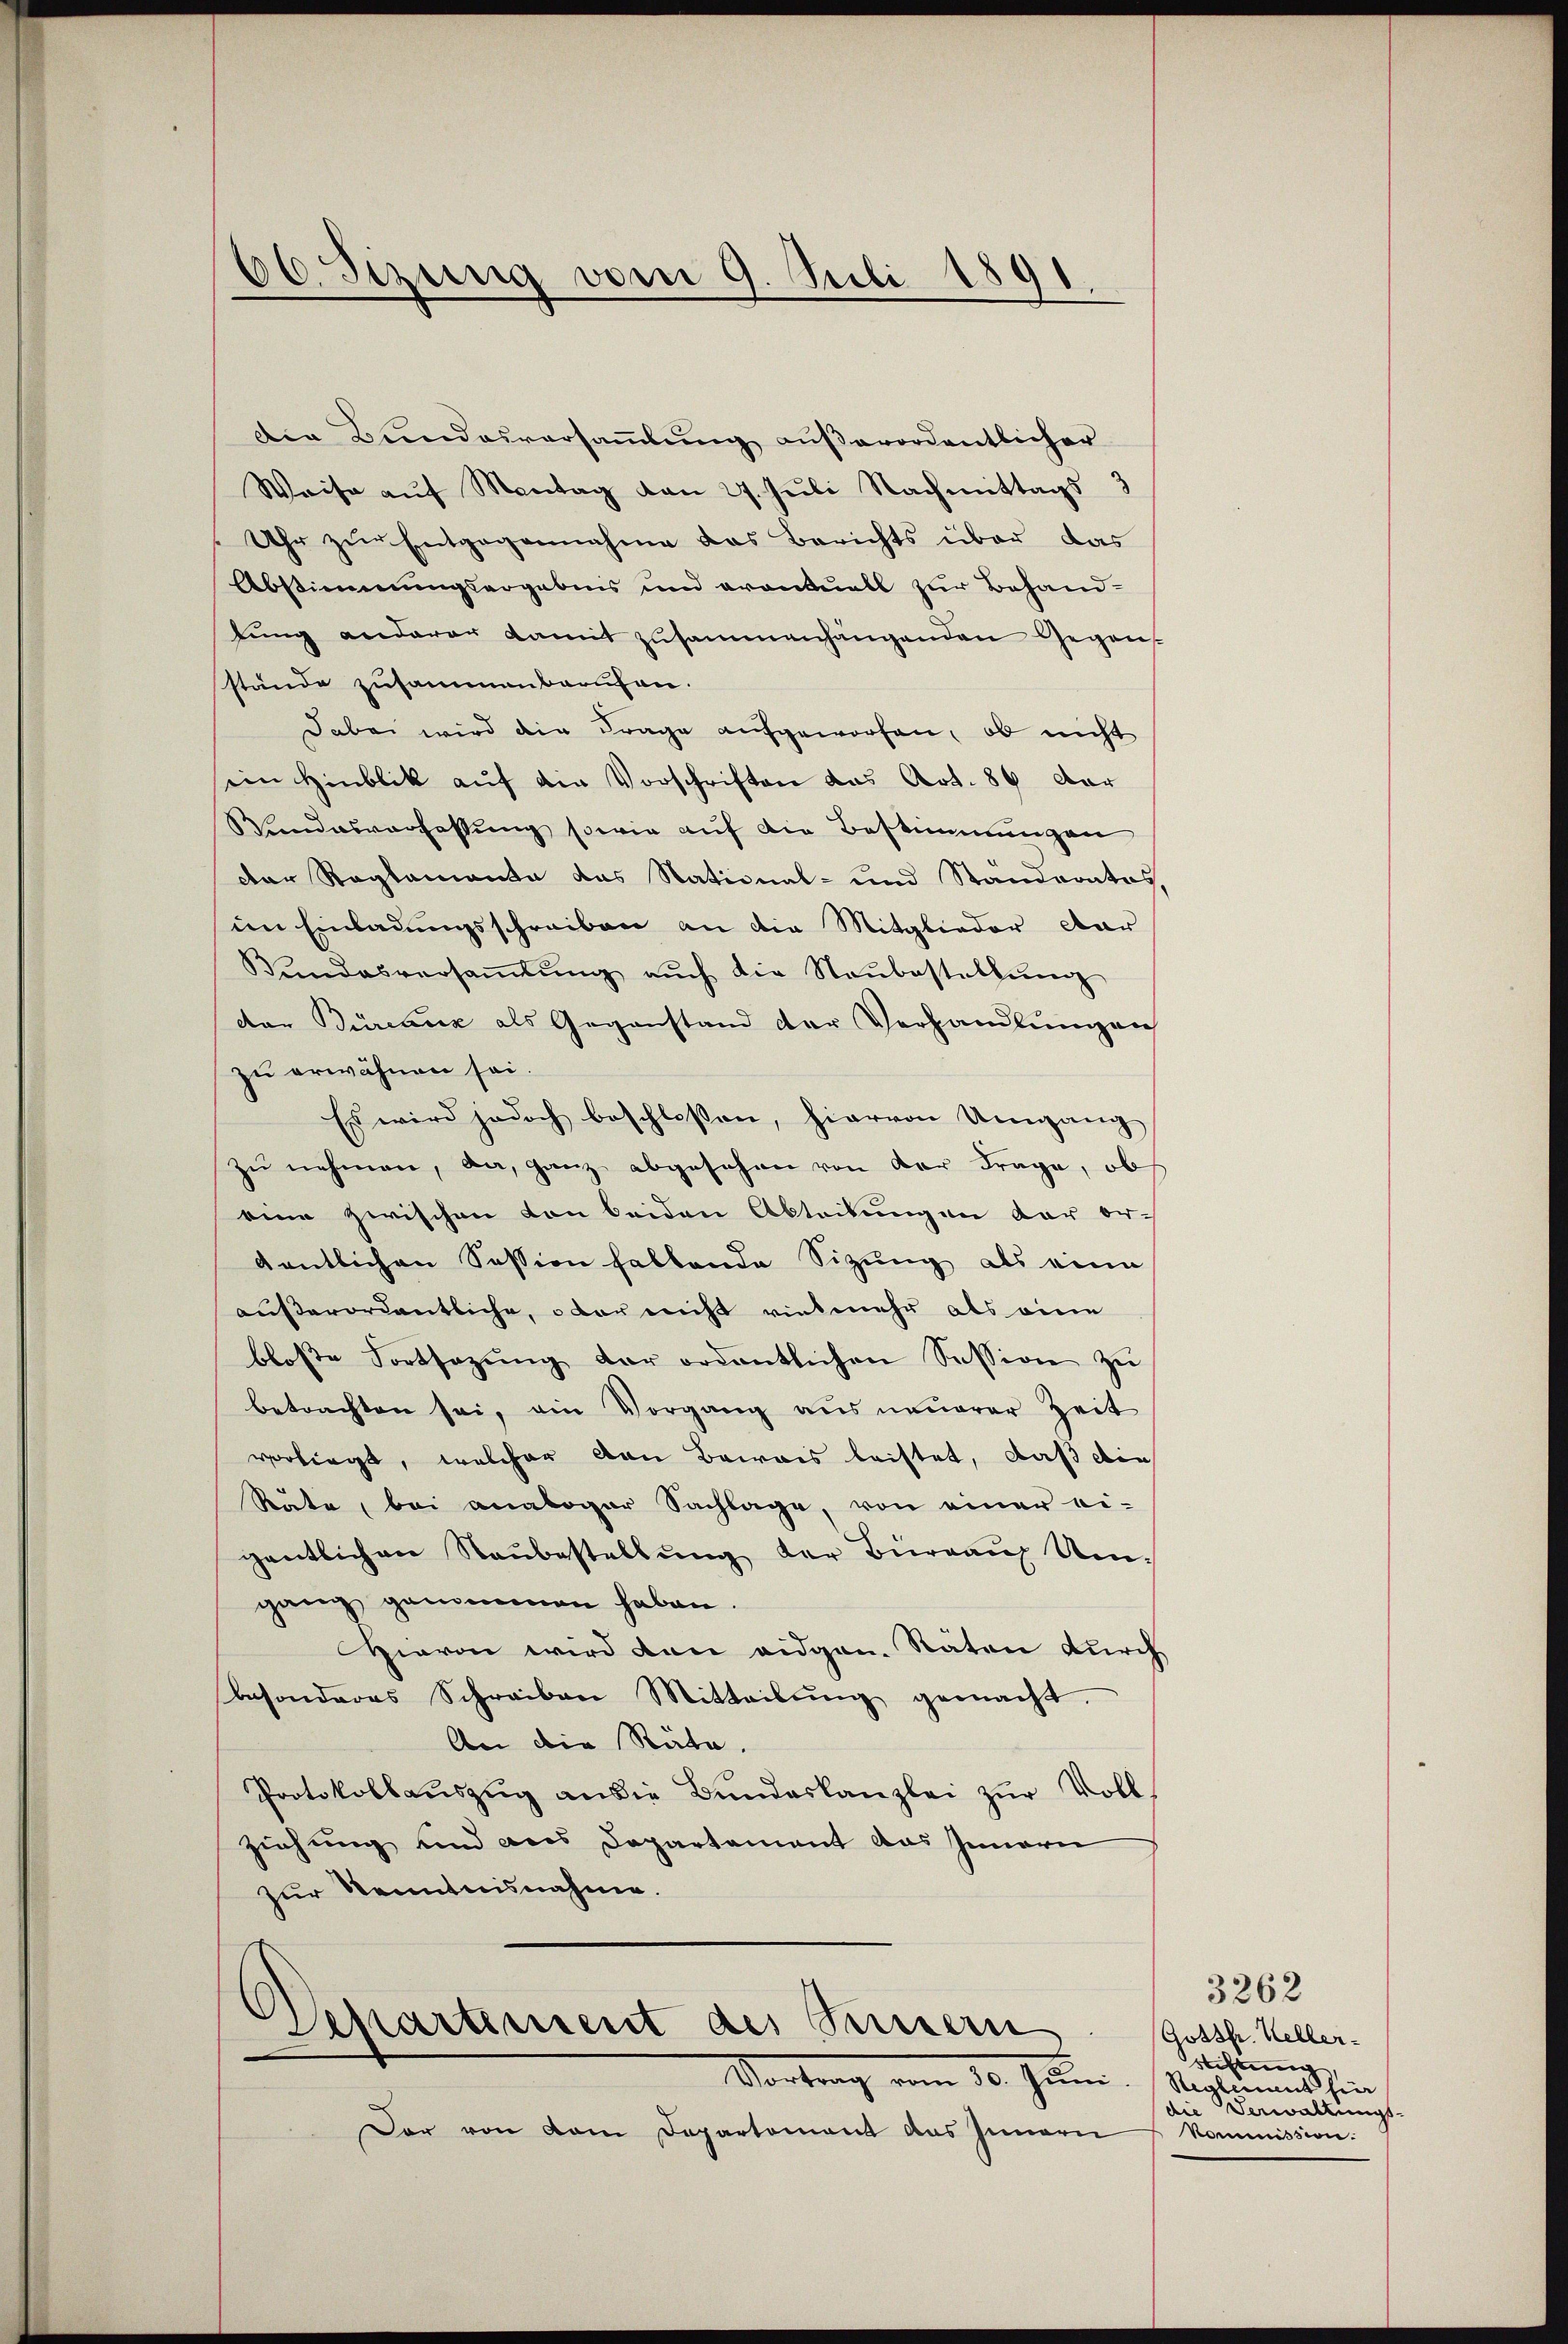
Die Bundesversammlung außerordentlicher
Weise aŭf Montag von 27. Juli Nachmittags
Uhr zur Entgegennahme das Berichts über das
Abstimmungsergebnis und eventuell zur Behandlŭng anderer damit zusammenhängenden Gegens
stände zusammenberufen.
dabei wird die Frage aufgeworfen, ob nicht
sein Hinblik auf die Vorschriften das Art. 86 dar
Blindesverfassung sowie auf die Bestimmungen
Der Reglemente das National- und Ständerates,
im Einladungsschreiben an die Mitglieder dar
Bŭndesversaṁlŭng aŭch die Neŭbestellŭng
der Büreaux als Gegenstand der Verhandlungen
zu erwähnen sei.
Es wird jedoch beschlossen, hiervon Umgang
zu nehmen, da, ganz abgesehen von der Frage, ob
eine zwischen von beiden Abteilungen der er-
dentlichen Session haltende Sitzung als eine
außerordentliche, oder nicht vielmehr als eine
blose Fortsazung der ordentlichen Session zu
betrachten sei, ein Vorgang aus neuerer Zeit
vorliegt, welcher von Bewais leistet, daß die
Räte, bei analoger Sachlage, von einer ei-
gentlichen Raŭbestellŭng der Büreaŭ Umgang genommen haben.
Hievon wird dann eidgan. Räten durch
besonderes Schreiben Mitteilŭng gemacht.
An die Räte,
Protokollaŭszŭg an die Bŭndeskanzlei zŭr Voll-
ziehung und aus Departement das Innern
zur Kenntnisnahme.

86. Sitzung vom 9. Juli 1891.

Departement des Sennern
Vortrag vom 30. Juni.

Der von dem Departement aus Innern

3262
Gottfr. Keller-
ihtung |
Reglement hier
die Verwaltungs-
Kommission: